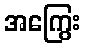
အကြွေး